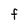
Character: f